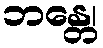
ဘန္တေ၊